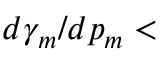
d \gamma _ { m } / d p _ { m } <